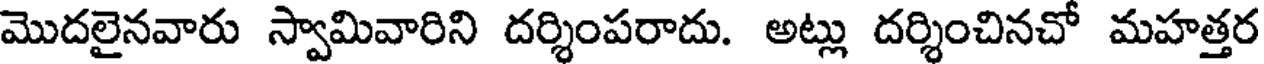
మొదలైనవారు స్వామివారిని దర్శింపరాదు. అట్లు దర్శించినచో మహత్తర